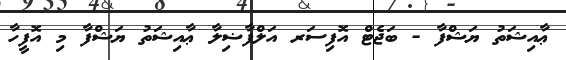
ޢާއިޝަތު ޔަޝްފާ - ބަޖެޓް އޮފިސަރ އަލްފާޟިލާ ޢާއިޝަތު ޔަޝްފާ މި އޮފީހާ